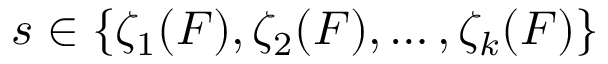
s \in \{ \zeta _ { 1 } ( F ) , \zeta _ { 2 } ( F ) , \ldots , \zeta _ { k } ( F ) \}